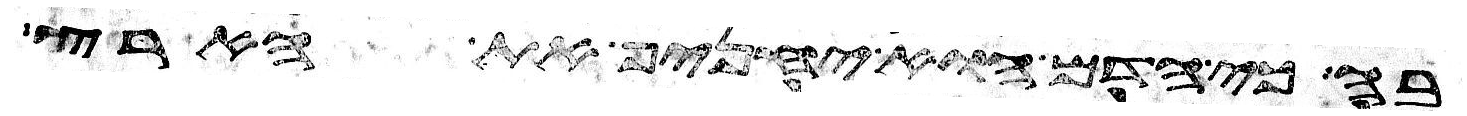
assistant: בה כי הדם הוא יחניף את הארץ